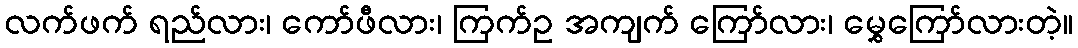
လက်ဖက် ရည်လား၊ ကော်ဖီလား၊ ကြက်ဥ အကျက် ကြော်လား၊ မွှေကြော်လားတဲ့။